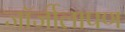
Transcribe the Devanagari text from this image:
जॉर्जीलापण